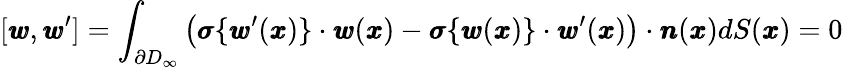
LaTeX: [{\pmb w},{\pmb w}^{\prime}]=\int_{\partial D_{\infty}}\left({\pmb\sigma}\{ {\pmb w}^{\prime}({\pmb x})\} \cdot{\pmb w}({\pmb x})-{\pmb\sigma}\{ {\pmb w}({\pmb x})\} \cdot{\pmb w}^{\prime}({\pmb x})\right)\cdot{\pmb n}({\pmb x})dS({\pmb x})=0